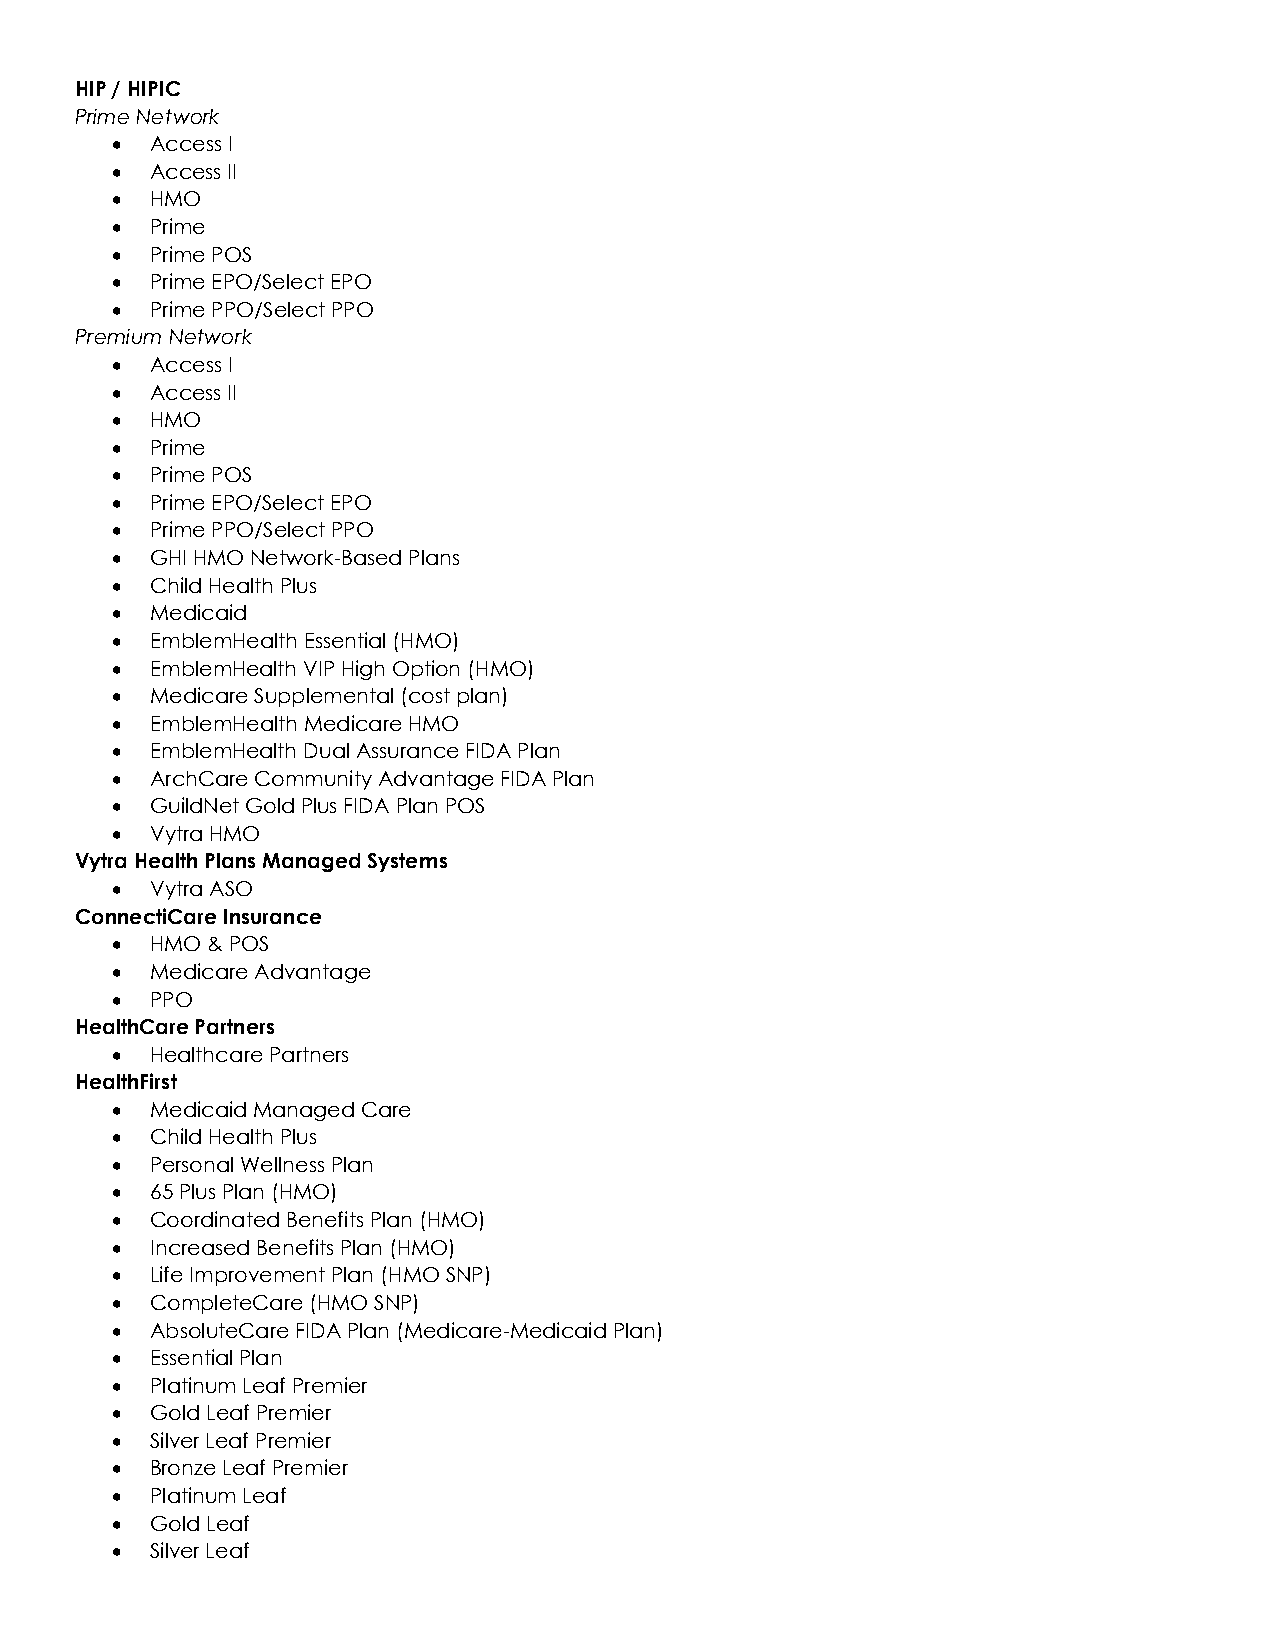
HIP / HIPIC
 Prime Network
 •  Access I
 •  Access II
 •  HMO
 •  Prime
 •  Prime POS
 •  Prime EPO/Select EPO
 •  Prime PPO/Select PPO
 Premium Network
 •  Access I
 •  Access II
 •  HMO
 •  Prime
 •  Prime POS
 •  Prime EPO/Select EPO
 •  Prime PPO/Select PPO
 •  GHI HMO Network-Based Plans
 •  Child Health Plus
 •  Medicaid
 •  EmblemHealth Essential (HMO)
 •  EmblemHealth VIP High Option (HMO)
 •  Medicare Supplemental (cost plan)
 •  EmblemHealth Medicare HMO
 •  EmblemHealth Dual Assurance FIDA Plan
 •  ArchCare Community Advantage FIDA Plan
 •  GuildNet Gold Plus FIDA Plan POS
 •  Vytra HMO
 Vytra Health Plans Managed Systems
 •  Vytra ASO
 ConnectiCare Insurance
 •  HMO & POS
 •  Medicare Advantage
 •  PPO
 HealthCare Partners
 •  Healthcare Partners
 HealthFirst
 •  Medicaid Managed Care
 •  Child Health Plus
 •  Personal Wellness Plan
 •  65 Plus Plan (HMO)
 •  Coordinated Benefits Plan (HMO)
 •  Increased Benefits Plan (HMO)
 •  Life Improvement Plan (HMO SNP)
 •  CompleteCare (HMO SNP)
 •  AbsoluteCare FIDA Plan (Medicare-Medicaid Plan)
 •  Essential Plan
 •  Platinum Leaf Premier
 •  Gold Leaf Premier
 •  Silver Leaf Premier
 •  Bronze Leaf Premier
 •  Platinum Leaf
 •  Gold Leaf
 •  Silver Leaf